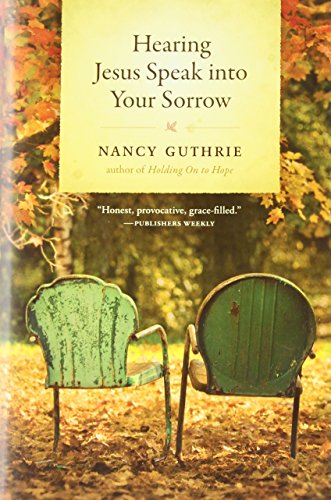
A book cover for Hearing Jesus Speak into Your Sorrow; Nancy Guthrie; Self-Help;